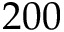
2 0 0